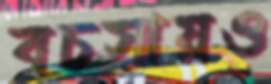
বচসায়ও